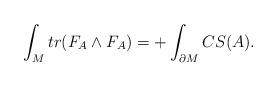
LaTeX: \begin{align*}\int_Mtr(F_A\wedge F_A)=+\int_{\partial M}CS(A).\end{align*}